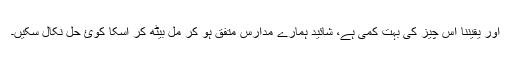
اور یقیننا اس چیز کی بہت کمی ہے، شائید ہمارے مدارس متفق ہو کر مل بیٹھ کر اسکا کوئ حل نکال سکیں۔